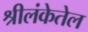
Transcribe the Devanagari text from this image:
श्रीलंकेतेल